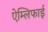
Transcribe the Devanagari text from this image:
ऐम्लिफाई